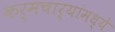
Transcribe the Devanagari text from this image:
कर्मचार्यांमध्ये